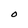
Character: O